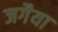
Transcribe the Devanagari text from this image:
जगैया